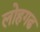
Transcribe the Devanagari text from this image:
लोहगढ